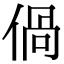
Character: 𠊰